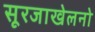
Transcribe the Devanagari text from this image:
सूरजाखेलनो